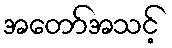
အတော်အသင့်